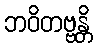
ဘဝိတဗ္ဗန္တိ